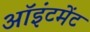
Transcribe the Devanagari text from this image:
ऑइंटमेंट